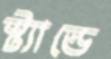
স্ট্যান্ডে